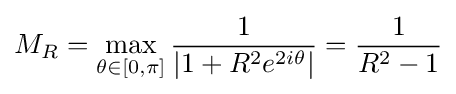
M_{R}=\max _{\theta \in [0,\pi ]}{\frac {1}{|1+R^{2}e^{2i\theta }|}}={\frac {1}{R^{2}-1}}